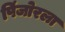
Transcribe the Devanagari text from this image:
पिंजोरला